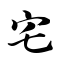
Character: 宅